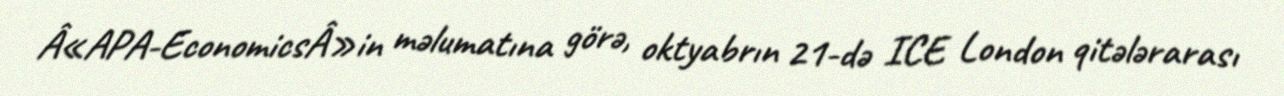
Â«APA-EconomicsÂ»in məlumatına görə, oktyabrın 21-də ICE London qitələrarası